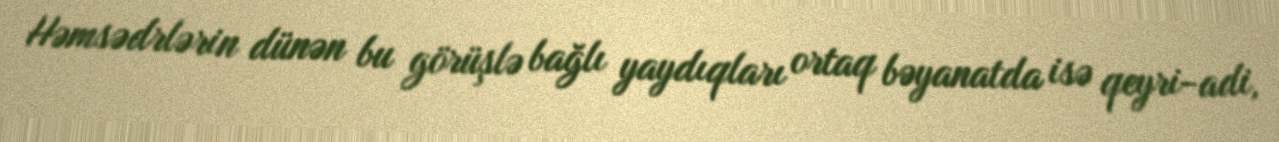
Həmsədrlərin dünən bu görüşlə bağlı yaydıqları ortaq bəyanatda isə qeyri-adi,